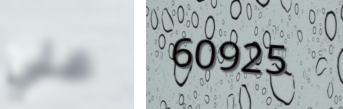
علي 60925